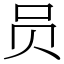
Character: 员